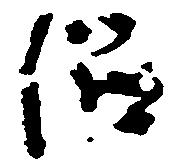
侶